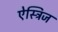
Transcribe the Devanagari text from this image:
ऐस्ट्रिज